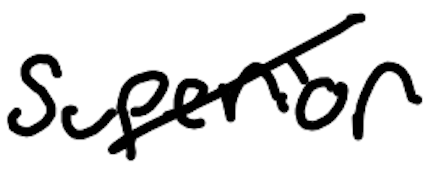
Text: Superior
Cross-out: diagonal
Writing tool: digital_black